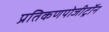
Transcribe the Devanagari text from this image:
प्रतिकणपोजीट्रॉन